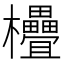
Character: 𣡭